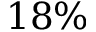
1 8 \%